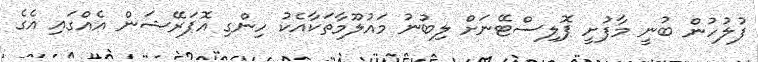
ފުލުހުން ބުނީ މާފުށީ ޕޮލިސްޓޭނަށް ލިބުނު މައުލޫމާތަކާއެކު ހިންގި އޮޕަރޭޝަން އެއްގައި އެގެ